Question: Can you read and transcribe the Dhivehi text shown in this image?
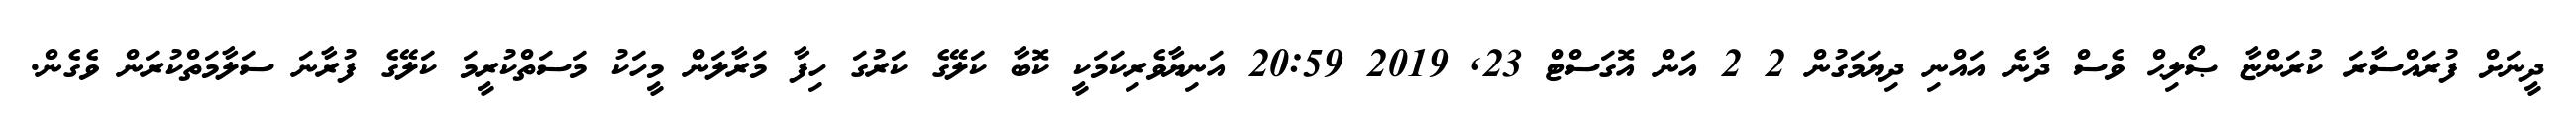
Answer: ދީނަށް ފުރައްސާރަ ކުރަންޏާ ޞޯލިޙް ވެސް ދާނެ އައްނި ދިޔަމަގުން 2 2 އަން އޮގަސްޓް 23, 2019 20:59 އަނިޔާވެރިކަމަކީ ކޮބާ ކަލޭގެ ކަރުގަ ހިފާ މަރާލަން މީހަކު މަސަތްކުރީމަ ކަލޭގެ ފުރާނަ ސަލާމަތްކުރަން ވެގެން.